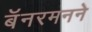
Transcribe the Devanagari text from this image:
बॅनरमनने